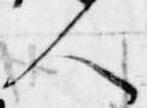
人